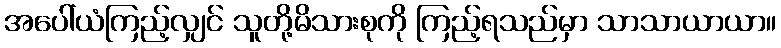
အပေါ်ယံကြည့်လျှင် သူတို့မိသားစုကို ကြည့်ရသည်မှာ သာသာယာယာ။